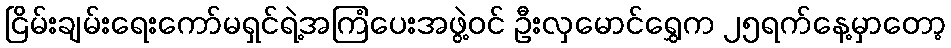
ငြိမ်းချမ်းရေးကော်မရှင်ရဲ့အကြံပေးအဖွဲ့ဝင် ဦးလှမောင်ရွှေက ၂၅ရက်နေ့မှာတော့